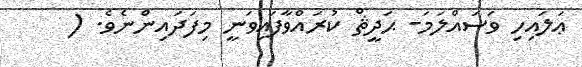
ޢަލައިހި ވަސައްލަމަ- ޙަދީޘް ކުރައްވާފައިވަނީ މިފަދައިންނެވެ. (